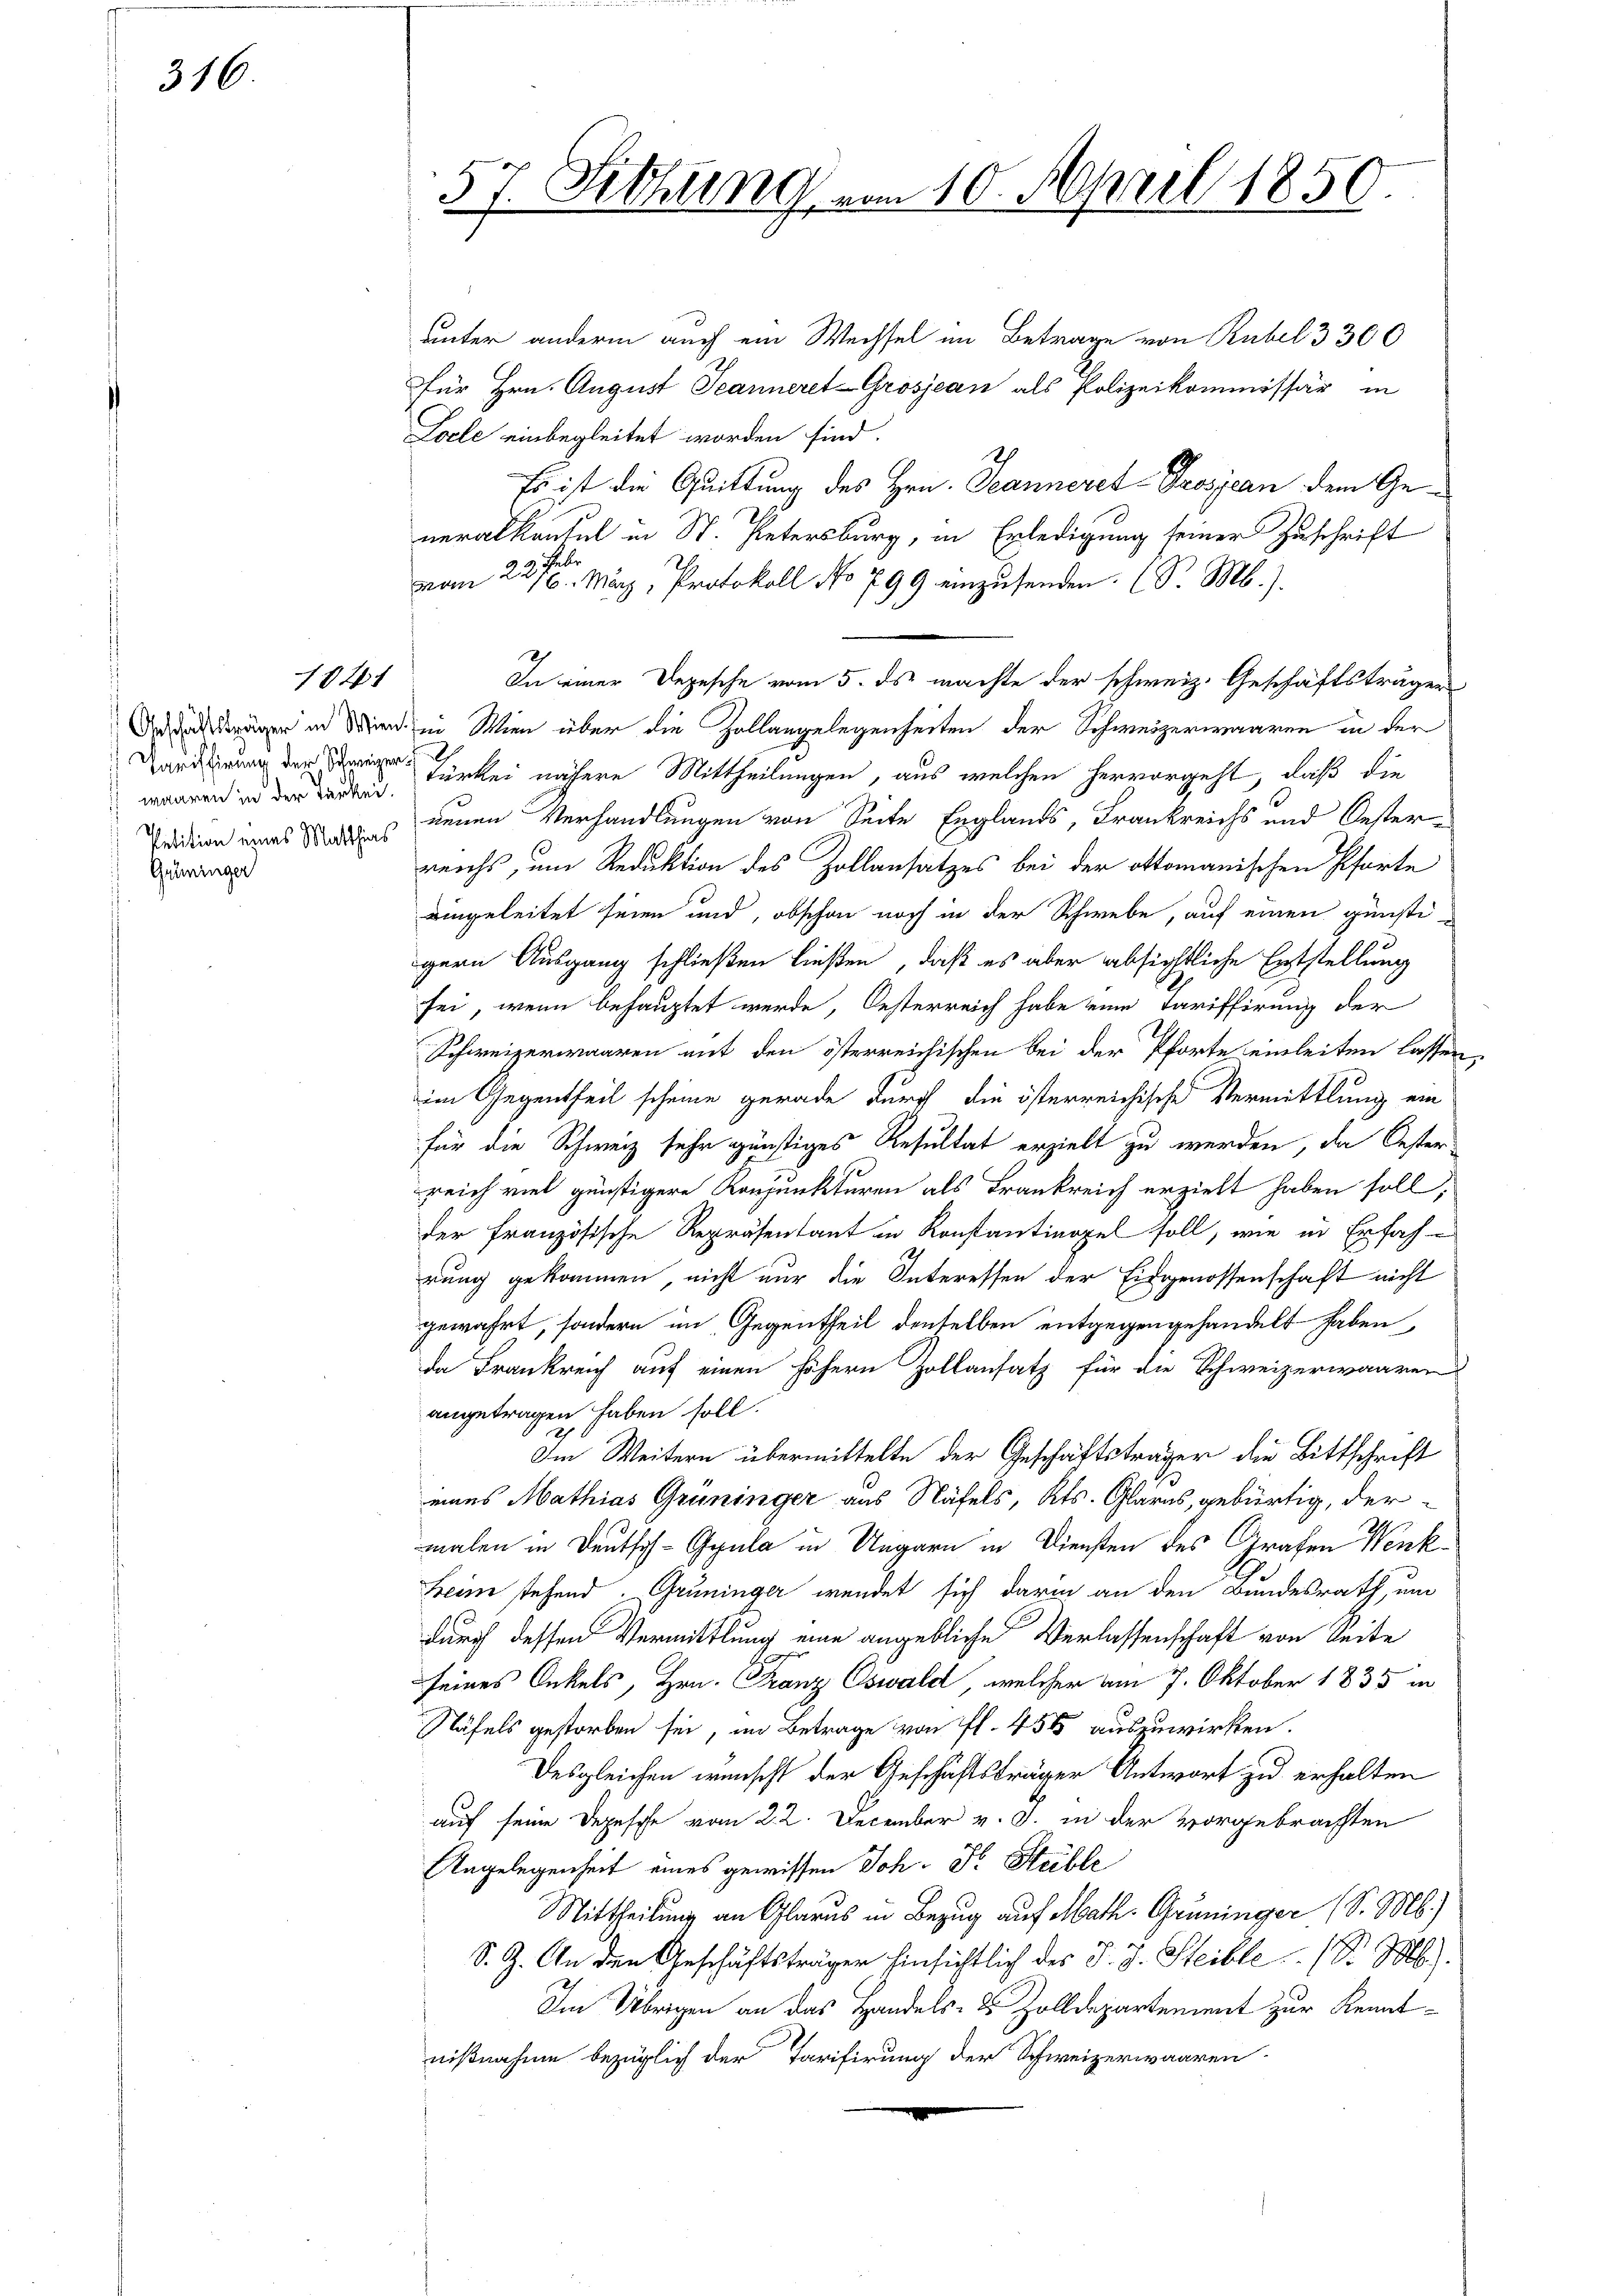
316.

Tarifirung der Schweizer
Grüninger

1041

57. Fithung vom 10. April 1850.

unter anderm auch ein Wechsel im Betrage von Rubel 3 300
für Hrn. August Jeanneret Grosjean als Polizeikommissär in
Locle einbegleitet worden sind.
Es ist die Quittung des Hrn. Jeanneret-Prosjean dem Generalkonsul in St. Petersburg, in Erledigung seiner Zuschrift
22
vom 22. 16. März, Protokoll No 799 einzusenden. (S. M.).
In einer Depesche vom 5. ds. machte der schweiz. Geschäftsträger
Da dachträger in Wieden Wien über die Zollangelegenheiten der Schweizerwaaren in der
waaren und der u. türkei nähere Mittheilungen, aus welchen hervorgeht, daß die
edition eines des neuen Verhandlungen von Seite Englands, Frankreichs und Oesterreichs, um Reduktion des Zollansatzes bei der Ottomanischen Pfarte
eingeleitet seien und, obschon noch in der Schwebe, auf einen günsti-
gern Ausgang schließen ließen, daß es aber absichtliche Entstellung
sei, wenn behauptet werde, Oesterreich habe eine Tariffirung der
Schweizerwaaren mit den österreichischen bei der Pforte einleiten lassen,
im Gegentheil scheine gerade durch die österreichische Vermittlung ein
für die Schweiz sehr günstiges Resultat erzielt zu werden, da Oester
reich viel günstigere Konjunkturen als Frankreich erzielt haben soll,
der französische Repräsentant in Konstantinopel soll, wie in Erfah-
rung gekommen, nicht nur die Interessen der Eidgenossenschaft nicht
gewahrt, sondern im Gegentheil denselben entgegengehandelt haben,
da Frankreich auf einen höhern Zollansatz für die Schweizerwaaren
angetragen haben soll.
Im Weitern übermittelte der Geschäftsträger die Bittschrift
eines Mathias Grüninger aus Näfels, Kts. Glarus, gebürtig, der
malen in Deutsch-Gyula in Ungarn in Diensten des Grafen Wenk¬
Beim stehend. Grüninger wendet sich darin an den Bundesrath, um
durch dessen Vermittlung eine angebliche Verlassenschaft von Seite
seines Onkels, Hrn. Franz Oswald, welcher am 7. Oktober 1835 in
Näfels gestorben sei, im Betrage von fl. 451 auszuwirken.
Desgleichen wünscht der Geschäftsträger Antwort zu erhalten
auf seine Depesche vom 2. 2. December v. J. in der vorgebrachten
Angelegenheit eines gewissen Joh. F. Heible
Mittheilung an Glarus in Bezug auf Math. Grüninger (S. M.)
S. Z. An den Geschäftsträger Einsichtlich des J. J. Steible. (S. M.
Im Übrigen an das Handels- & Zolldepartement zur Kenntnißnahme bezüglich der Tarifirung der Schweizerwaaren